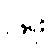
ဖြူး